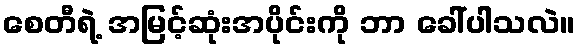
စေတီရဲ့ အမြင့်ဆုံးအပိုင်းကို ဘာ ခေါ်ပါသလဲ။